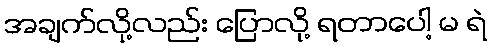
အချက်လို့လည်း ပြောလို့ ရတာပေါ့ မ ရဲ